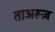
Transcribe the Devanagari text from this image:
ताअरूज़